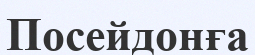
Посейдонға